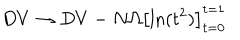
LaTeX: D V \rightarrow D V - N \Omega \left[ \mathrm { l n } ( t ^ { 2 } ) \right] _ { t = 0 } ^ { t = 1 }